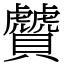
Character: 贙